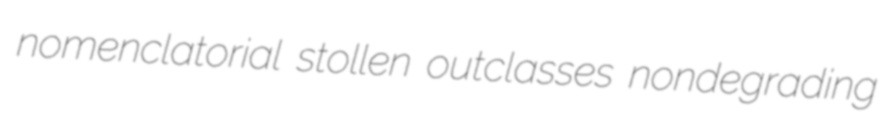
nomenclatorial stollen outclasses nondegrading